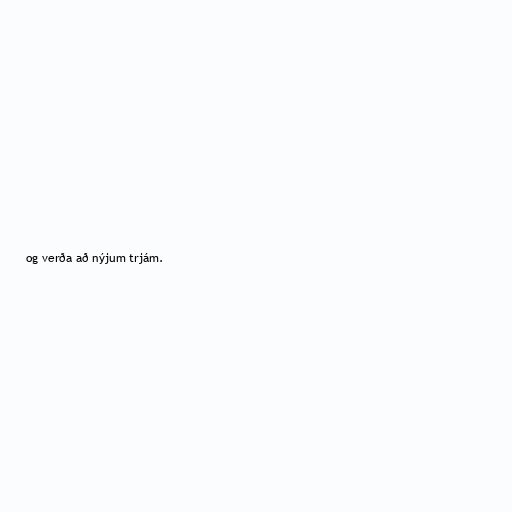
og verða að nýjum trjám.